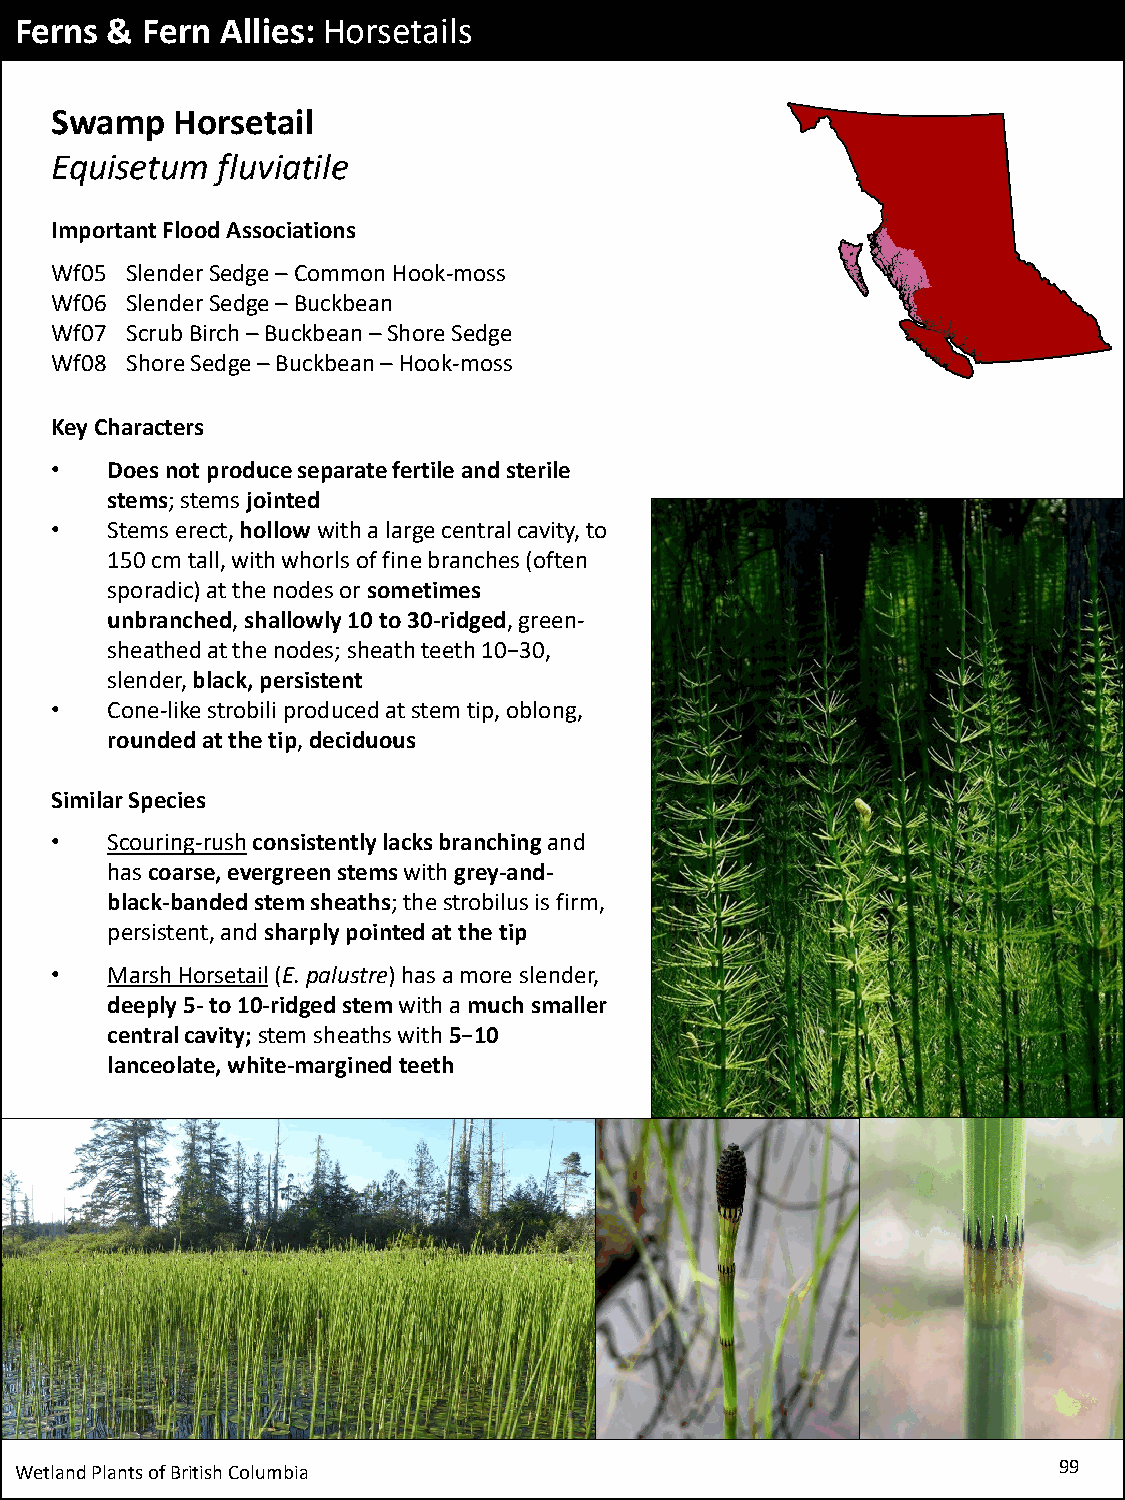
Ferns & Fern  Allies: Horsetails
 Swamp    Horsetail
 Equisetum  fluviatile
 Important Flood Associations
 Wf05 Slender Sedge –Common Hook-moss
 Wf06 Slender Sedge –Buckbean
 Wf07 Scrub Birch –Buckbean –Shore Sedge
 Wf08 Shore Sedge –Buckbean –Hook-moss
 Key Characters
 •   Does not produce separate fertile and sterile
 stems; stems jointed
 •   Stems erect, hollowwith a large central cavity, to
 150 cm tall, with whorls of fine branches (often
 sporadic) at the nodes or sometimes
 unbranched, shallowly 10 to 30-ridged, green-
 sheathed at the nodes; sheath teeth 10−30,
 slender, black, persistent
 •   Cone-like strobili produced at stem tip, oblong,
 rounded at the tip, deciduous
 Similar Species
 •   Scouring-rushconsistently lacks branching and
 has coarse, evergreen stems with grey-and-
 black-banded stem sheaths; the strobilus is firm,
 persistent, and sharply pointed at the tip
 •   Marsh Horsetail(E. palustre) has a more slender,
 deeply 5-to 10-ridged stem with amuch smaller
 central cavity; stem sheaths with 5−10
 lanceolate, white-margined teeth
 Wetland Plants of British Columbia                                   99